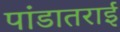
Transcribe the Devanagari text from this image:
पांडातराई